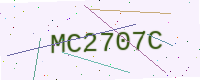
Text: MC2707C